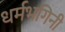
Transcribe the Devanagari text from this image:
धर्मभगिनी